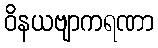
ဝိနယဗျာကရဏာ